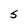
Character: S